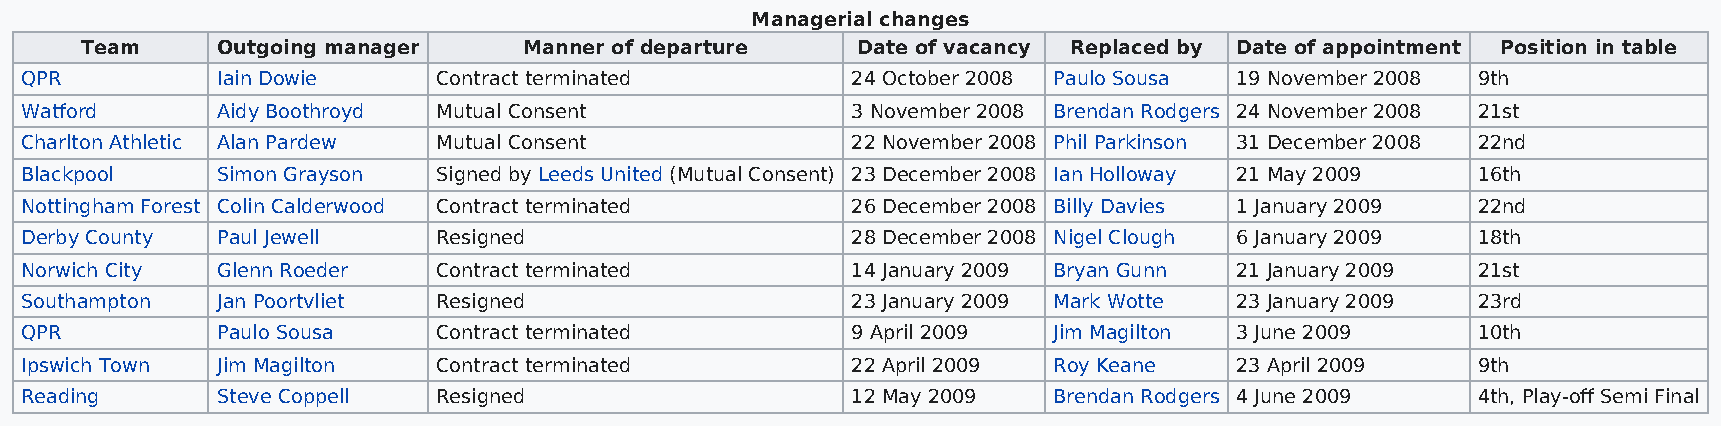
Managerial changes
 Team     Outgoing manager     Manner of departure   Date of vacancy Replaced by Date of appointment Position in table
 QPR          Iain Dowie     Contract terminated        24 October 2008 Paulo Sousa 19 November 2008 9th
 Watford      Aidy Boothroyd Mutual Consent             3 November 2008 Brendan Rodgers 24 November 2008 21st
 Charlton Athletic Alan Pardew Mutual Consent           22 November 2008 Phil Parkinson 31 December 2008 22nd
 Blackpool    Simon Grayson  Signed by Leeds United (Mutual Consent) 23 December 2008 Ian Holloway 21 May 2009 16th
 Nottingham Forest Colin Calderwood Contract terminated 26 December 2008 Billy Davies 1 January 2009 22nd
 Derby County Paul Jewell    Resigned                   28 December 2008 Nigel Clough 6 January 2009 18th
 Norwich City Glenn Roeder   Contract terminated        14 January 2009 Bryan Gunn 21 January 2009 21st
 Southampton  Jan Poortvliet Resigned                   23 January 2009 Mark Wotte 23 January 2009 23rd
 QPR          Paulo Sousa    Contract terminated        9 April 2009  Jim Magilton 3 June 2009    10th
 Ipswich Town Jim Magilton   Contract terminated        22 April 2009 Roy Keane   23 April 2009   9th
 Reading      Steve Coppell  Resigned                   12 May 2009   Brendan Rodgers 4 June 2009 4th, Play-off Semi Final